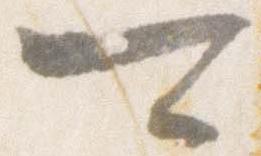
可